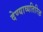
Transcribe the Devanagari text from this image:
देण्याव्यतिरिक्त